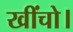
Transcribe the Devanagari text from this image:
खींचो।